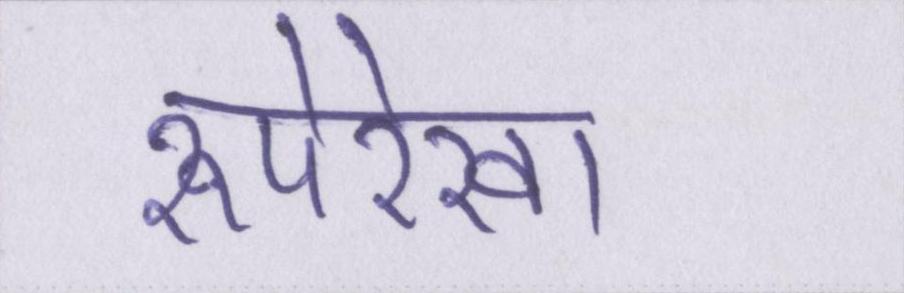
रूपरेखा